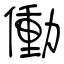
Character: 働